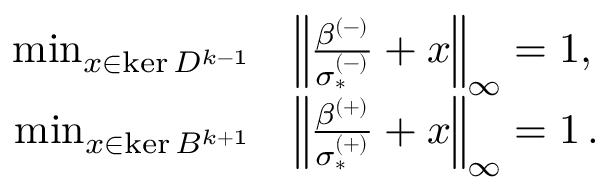
\begin{array} { r l } { \operatorname* { m i n } _ { x \in \ker D ^ { k - 1 } } } & { \left\lVert \frac { \beta ^ { ( - ) } } { \sigma _ { * } ^ { ( - ) } } + x \right\rVert _ { \infty } = 1 , \ } \\ { \operatorname* { m i n } _ { x \in \ker B ^ { k + 1 } } } & { \left\lVert \frac { \beta ^ { ( + ) } } { \sigma _ { * } ^ { ( + ) } } + x \right\rVert _ { \infty } = 1 \, . } \end{array}